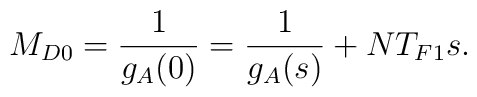
M_{D0} = \frac{1}{g_A (0)} = \frac{1}{g_A(s)} + N T_{F1} s.